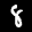
Label: 8